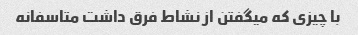
با چیزی که میگفتن از نشاط فرق داشت متاسفانه